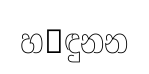
හ෾ඳුනන